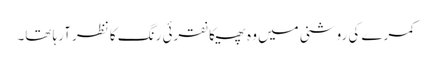
کمرے کی روشنی میں وہ پھیکا نقرئی رنگ کا نظر آرہا تھا۔